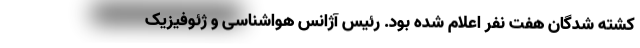
کشته شدگان هفت نفر اعلام شده بود. رئیس آژانس هواشناسی و ژئوفیزیک